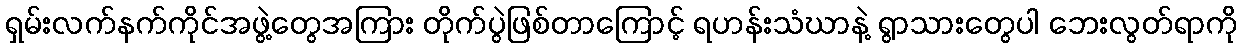
ရှမ်းလက်နက်ကိုင်အဖွဲ့တွေအကြား တိုက်ပွဲဖြစ်တာကြောင့် ရဟန်းသံဃာနဲ့ ရွာသားတွေပါ ဘေးလွတ်ရာကို